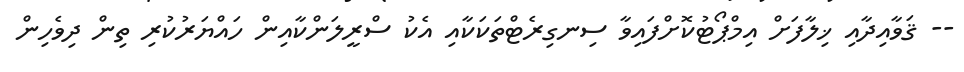
-- ޤަވާއިދާއި ޚިލާފަށް އިމްޕޯޓުކޮށްފައިވާ ސިނގިރެޓްތަކަކާއި އެކު ސްރީލަންކާއިން ހައްޔަރުކުރި ތިން ދިވެހިން